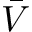
\Bar { V }